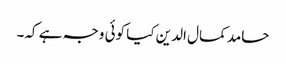
حامد کمال الدین کیا کوئی وجہ ہے کہ۔